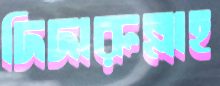
দিদারুল্লাহ